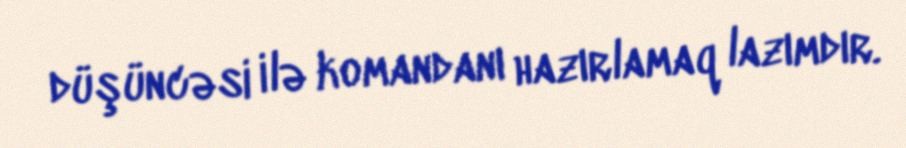
düşüncəsi ilə komandanı hazırlamaq lazımdır.